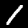
Label: 1